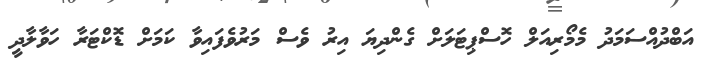
އަބްދުއްސަމަދު މެމޯރިއަލް ހޮސްޕިޓަލަށް ގެންދިޔަ އިރު ވެސް މަރުވެފައިވާ ކަމަށް ޑޮކްޓަރާ ހަވާލާދީ